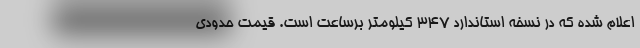
اعلام شده که در نسخه استاندارد 347 کیلومتر برساعت است. قیمت حدودی